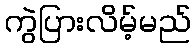
ကွဲပြားလိမ့်မည်